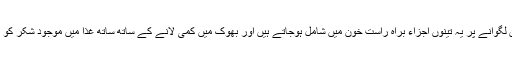
دو ہارمونز اور ایک پیپٹائیڈ والا انجکشن لگوانے پر یہ تینوں اجزاء براہِ راست خون میں شامل ہوجاتے ہیں اور بھوک میں کمی لانے کے ساتھ ساتھ غذا میں موجود شکر کو بھی جزوِ بدن بنانے میں مدد کرتے ہیں۔